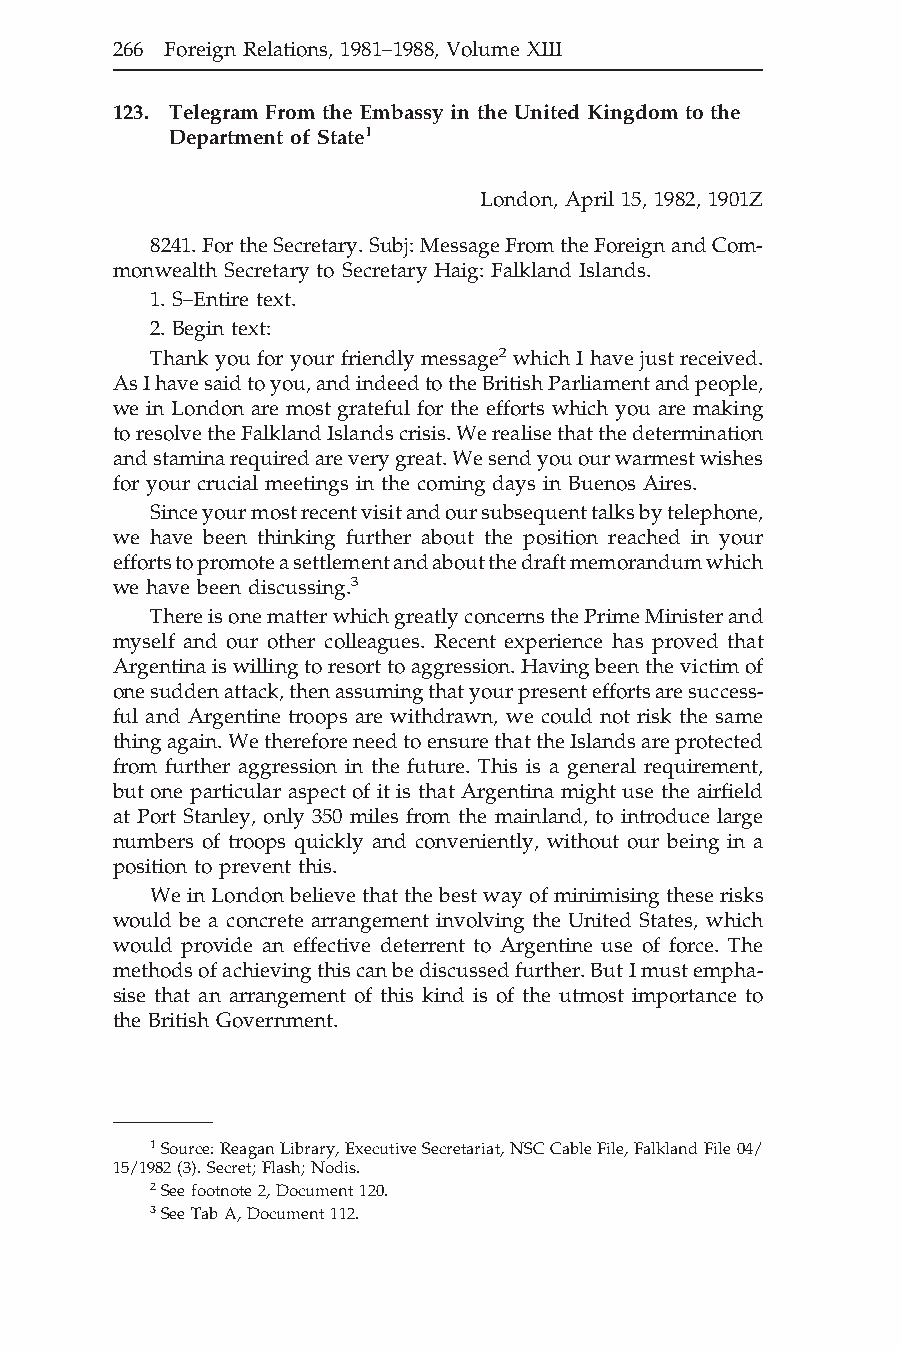
266 Foreign Relations, 1981–1988, Volume XIII
 123. Telegram From the Embassy in the United Kingdom to the
 Department of State1
 London, April 15, 1982, 1901Z
 8241.FortheSecretary.Subj:MessageFromtheForeignandCom-
 monwealth Secretary to Secretary Haig: Falkland Islands.
 1. S–Entire text.
 2. Begin text:
 Thank youfor yourfriendly message2 whichI have justreceived.
 AsIhavesaidtoyou,andindeedtotheBritishParliamentandpeople,
 we in London are most grateful for the efforts which you are making
 toresolvetheFalklandIslandscrisis.Werealisethatthedetermination
 andstaminarequiredareverygreat.Wesendyouourwarmestwishes
 for your crucial meetings in the coming days in Buenos Aires.
 Sinceyourmostrecentvisitandoursubsequenttalksbytelephone,
 we have been thinking further about the position reached in your
 effortstopromoteasettlementandaboutthedraftmemorandumwhich
 we have been discussing.3
 ThereisonematterwhichgreatlyconcernsthePrimeMinisterand
 myself and our other colleagues. Recent experience has proved that
 Argentinaiswillingtoresorttoaggression.Havingbeenthevictimof
 onesuddenattack,thenassumingthatyourpresenteffortsaresuccess-
 ful and Argentine troops are withdrawn, we could not risk the same
 thingagain.WethereforeneedtoensurethattheIslandsareprotected
 from further aggression in the future. This is a general requirement,
 but one particular aspect of it is that Argentina might use the airfield
 at Port Stanley, only 350 miles from the mainland, to introduce large
 numbers of troops quickly and conveniently, without our being in a
 position to prevent this.
 WeinLondon believe thatthe bestwayof minimisingtheserisks
 would be a concrete arrangement involving the United States, which
 would provide an effective deterrent to Argentine use of force. The
 methodsofachievingthiscanbediscussedfurther.ButImustempha-
 sise that an arrangement of this kind is of the utmost importance to
 the British Government.
 1Source:ReaganLibrary,ExecutiveSecretariat,NSCCableFile,FalklandFile04/
 15/1982(3).Secret;Flash;Nodis.
 2Seefootnote2,Document120.
 3SeeTabA,Document112.
 388-401/428-S/40009
 Page 268
 X:40009$CH00
 12-17-1504:58:57
 PDFd:40009A:even